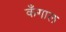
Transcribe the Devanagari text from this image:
कँगाल